Annual administration report of the Civil Veterinary Department of India - 1895-1896
Year: 1895
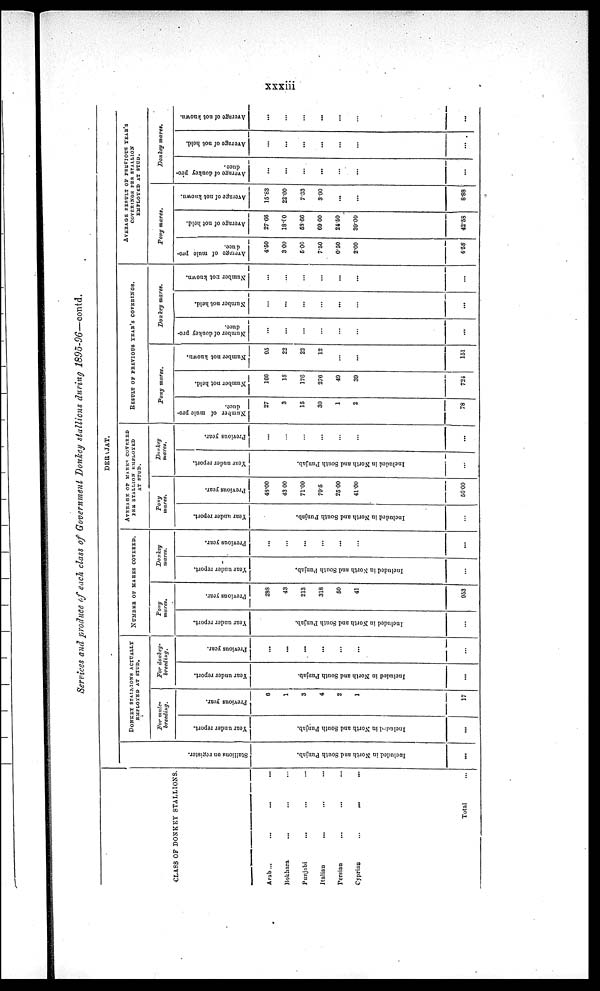
xxxiii
Services and produce of each class of Government Donkey stallions during 1895-96—contd.
CLASS OP DONKEY STALLIONS.
Arab ... ... ... ...
Bokhara ... ... ...
Punjabi ... ... ...
Italian ... ... ...
Persian ... ... ...
Cyprian. ... ... ...
Total ...
DER JAT.
St al l
i
ons on register.
I
ncl uded in Nor t
h and S o u t h Punj ab.
...
DONKEY STALLIONS ACTUALLY
EMPLOYED AT STUD.
For mule-
breeding.
Year under report.
I
ncl uded in Nor t
h and S o u t h Punj ab.
Pr evi ous year .
6
1
3
4
2
1
17
For donkey-
breeding.
Year under report.
I
ncl uded in Nor t
h and Sout h Punj ab.
...
Pr evi ous year.
...
...
...
...
...
...
...
...
NUMBER OF MARES COVERED.
Pony
mares.
Year under report.
I
ncl uded in Nor t
h and Sout h Punjab.
...
Previous year.
298
43
213
318
50
41
...
953
Donkey
mares.
Year under report.
I
ncl uded in Nor t
h and S o u t h Punj ab.
...
Pr evi ous year .
...
...
...
...
...
...
...
...
AVERAGE OF MARES COVERED
PER STALLION EMPLOYED
AT STUD.
Pony
mares.
Year under report.
I
ncl uded in Nor t
h and Sout h Punjab.
...
Pr evi ous year.
48.00
43 00
71.00
79.5
25 00
41.00
...
56.00
Donkey
mares.
Year under report.
Included in Nor t
h and Sout h Punjab.
...
Previous year.
...
...
...
...
...
...
...
...
RESSULT OF PREVIOUS YEAR'S COVERINGS.
Pony mares.
Nu mb e r of m u l e pr o-
duce.
27
3
15
30
1
2
78
Nu mb e r not hel d.
166
18
176
276
49
39
...
724
Nu mb e r not known.
95
22
22
12
...
...
...
151
Donkey mares.
Nu mb e r of donkey pro-
duce.
...
...
...
...
...
...
...
Nu mb e r not held.
...
...
...
...
...
...
...
Nu mb e r rot known.
...
...
...
...
...
...
...
AVERAGE RESULT OF PREVIOUS YEAR's
COVERINGS PER STALLION
EMPLOYED AT STUD.
Pony mares.
Ave r
a ge of mul e pr o-
duce.
4.50
300
500
7.50
0.50
2.00
4.58
Ave r
a ge of not hel d.
27.66
18.00
53.66
69.00
24.50
39.00
42.58
Ave r
a ge of not known.
15.83
22.00
7.33
3.00
...
...
8.88
Donkey mares.
Ave r
a ge of donkey pr o-
duce.
...
...
...
...
...
...
...
Ave r
a ge of not hel d.
...
...
...
...
...
...
...
Average of not known.
...
...
...
...
...
...
...